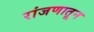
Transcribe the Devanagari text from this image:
रांजणातून